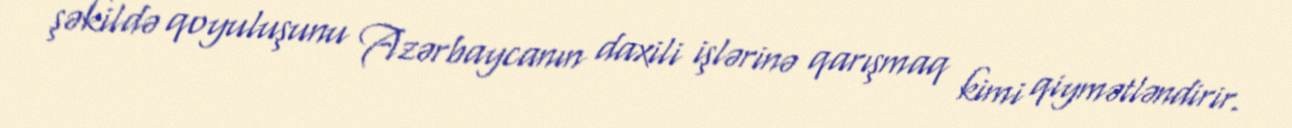
şəkildə qoyuluşunu Azərbaycanın daxili işlərinə qarışmaq kimi qiymətləndirir.